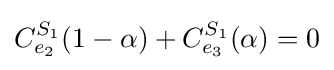
C_{e_{2}}^{S_{1}}(1-\alpha )+C_{e_{3}}^{S_{1}}(\alpha )=0